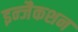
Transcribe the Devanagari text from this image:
इन्जैकशन